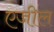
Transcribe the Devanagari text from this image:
एजील